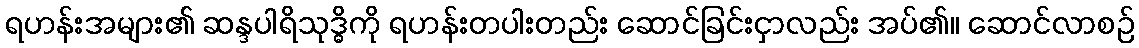
ရဟန်းအများ၏ ဆန္ဒပါရိသုဒ္ဓိကို ရဟန်းတပါးတည်း ဆောင်ခြင်းငှာလည်း အပ်၏။ ဆောင်လာစဉ်